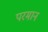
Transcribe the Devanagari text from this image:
परमान